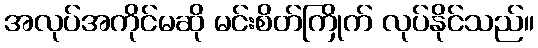
အလုပ်အကိုင်မဆို မင်းစိတ်ကြိုက် လုပ်နိုင်သည်။